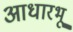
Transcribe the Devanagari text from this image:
आधारभू